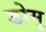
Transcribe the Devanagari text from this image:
डोमु